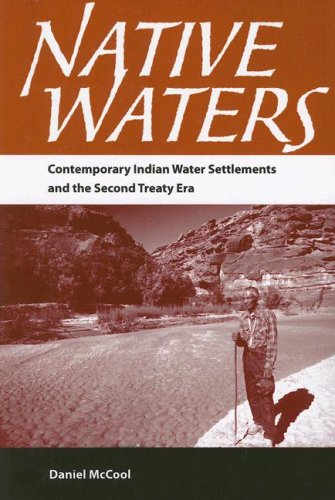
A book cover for Native Waters: Contemporary Indian Water Settlements and the Second Treaty Era; Daniel C. McCool; Law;